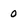
Character: 0